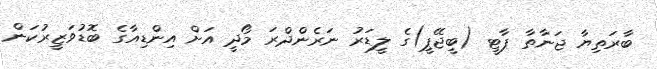
ބާރަތިޔާ ޖަނާތާ ޕާޓީ (ބީޖޭޕީ)ގެ ލީޑަރު ނަރެންދްރަ މޯދީ އަށް އިންޑިއާގެ ބޮޑުވަޒީރުކަން